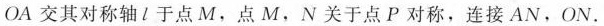
OA交其对称轴i于点M，点M，N关于点P对称，连接AN，ON。